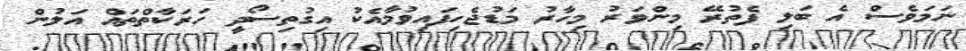
ނަމަވެސް އެ ބަލި ފެތުރޭ މިންވަރު މިހާރު މަޑުޖެހިފައިވުމާއެކު އިގުތިސޯދީ ހަރަކާތްތައް އަލުން